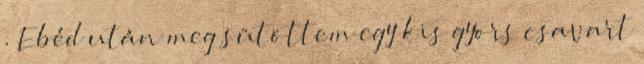
. Ebéd után meg sütöttem egy kis gyors csavart